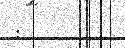
: